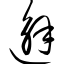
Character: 邂